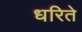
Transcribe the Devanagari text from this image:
धरिते